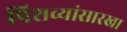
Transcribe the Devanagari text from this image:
पिशव्यांसारखा